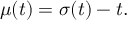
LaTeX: \mu ( t ) = \sigma ( t ) - t .